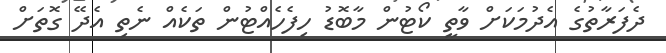
ދެފަރާތުގެ އެދުމަކަށް ވާތީ ކޯޓުން މާބޮޑު ހިފެހެއްޓުން ތަކެއް ނެތި އެދޭ ގޮތަށް